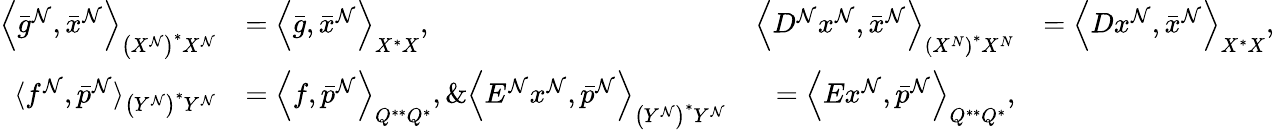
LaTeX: \begin{array}{rlrl}{\left\langle\bar{g}^{\mathcal{N}},\bar{x}^{\mathcal{N}}\right\rangle_{\left(X^{\mathcal{N}}\right)^{*}X^{\mathcal{N}}}}&{=\left\langle\bar{g},\bar{x}^{\mathcal{N}}\right\rangle_{X^{*}X},\ }&{\left\langle D^{\mathcal{N}}x^{\mathcal{N}},\bar{x}^{\mathcal{N}}\right\rangle_{\left(X^{N}\right)^{*}X^{N}}}&{=\left\langle Dx^{\mathcal{N}},\bar{x}^{\mathcal{N}}\right\rangle_{X^{*}X},}\\ {\langle f^{\mathcal{N}},\bar{p}^{\mathcal{N}}\rangle_{\left(Y^{\mathcal{N}}\right)^{*}Y^{\mathcal{N}}}}&{=\left\langle f,\bar{p}^{\mathcal{N}}\right\rangle_{Q^{**}{Q^{*}}},\& \left\langle E^{\mathcal{N}}x^{\mathcal{N}},\bar{p}^{\mathcal{N}}\right\rangle_{\left(Y^{\mathcal{N}}\right)^{*}Y^{\mathcal{N}}}}&{=\left\langle Ex^{\mathcal{N}},\bar{p}^{\mathcal{N}}\right\rangle_{Q^{**}{Q^{*}}},}\end{array}